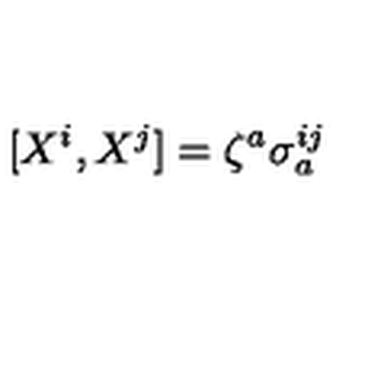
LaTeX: [ X ^ { i } , X ^ { j } ] = \zeta ^ { a } \sigma _ { a } ^ { i j }